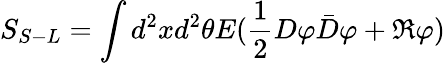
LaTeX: S_{S-L}=\int d^{2}xd^{2}\theta E(\frac{1}{2}D\varphi\bar{D}\varphi+\Re\varphi)